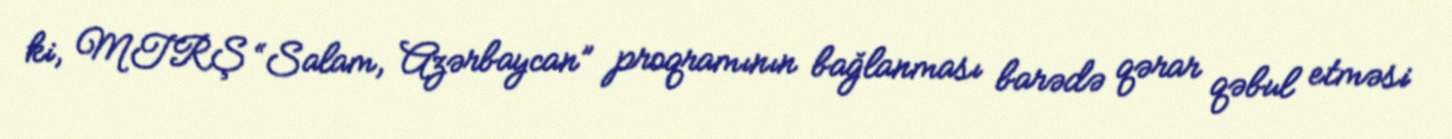
ki, MTRŞ “Salam, Azərbaycan” proqramının bağlanması barədə qərar qəbul etməsi